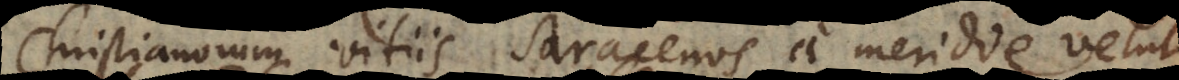
Christianorum vitiis Saracenos a meridie velut